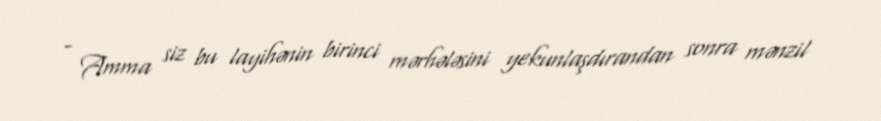
- Amma siz bu layihənin birinci mərhələsini yekunlaşdırandan sonra mənzil